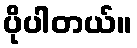
ပိုပါတယ်။